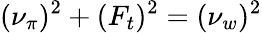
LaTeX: (\nu_{\pi})^{2}+(F_{t})^{2}=(\nu_{w})^{2}